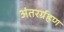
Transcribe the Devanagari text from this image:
अंतरर्ग्रहण